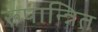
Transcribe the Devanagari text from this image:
रूपान्त्रित